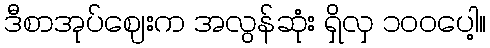
ဒီစာအုပ်ဈေးက အလွန်ဆုံး ရှိလှ ၁၀၀ပေါ့။